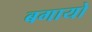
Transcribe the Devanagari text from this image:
बगायो